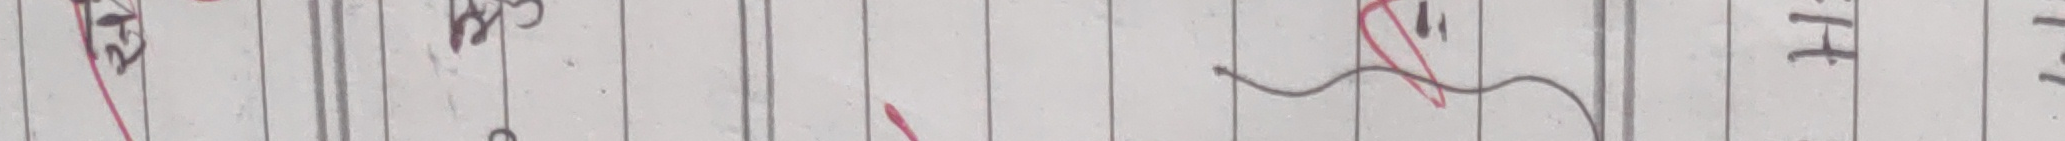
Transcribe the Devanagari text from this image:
१. था